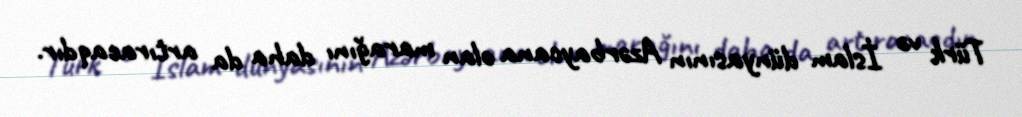
Türk və İslam dünyasının Azərbaycana olan marağını daha da artıracaqdır.